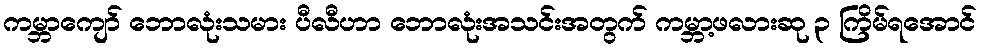
ကမ္ဘာကျော် ဘောလုံးသမား ပီလီဟာ ဘောလုံးအသင်းအတွက် ကမ္ဘာ့ဖလားဆု ၃ ကြိမ်ရအောင်